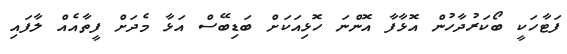
ފަޓާހަކީ ބޯކަރުދާހުން އޮޅާފާ އޮންނަ ހޮޅިއަކަށް ބަޑިބޭސް އަޅާ މެދަށް ފީތާއެއް ލާފައި